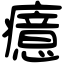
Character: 癔